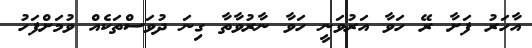
އާހަރު ފަށާ ރޭ ހަވާ އަރުވަނީ ހަވާ ނާރުވާތާ ގިނަ ދުވަސްތަކެއް ވުމަށްފަހު